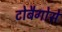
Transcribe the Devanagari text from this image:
टोबैगोसे